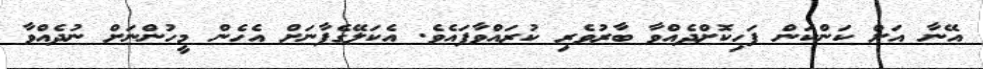
އޭނާ އަށް ކަންކަން ފަހިކޮށްދެއްވާ ބާރުވެރި ކުރައްވާފައެވެ. އެކަލޭގެފާނަށް އެހެން މީހުންނަށް ނުދެއްވާ